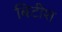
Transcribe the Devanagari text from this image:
बिटीश